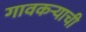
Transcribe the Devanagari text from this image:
गावकर्‍याची